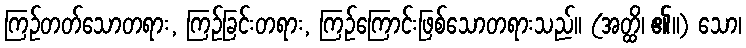
ကြဉ်တတ်သောတရား, ကြဉ်ခြင်းတရား, ကြဉ်ကြောင်းဖြစ်သောတရားသည်။ (အတ္ထိ၊ ၏။) သော၊